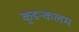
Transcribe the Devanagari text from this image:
कुडन्कलम